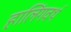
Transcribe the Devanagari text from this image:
हालिंगवर्थ